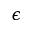
\epsilon